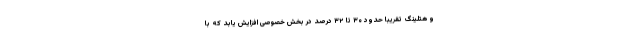
و هتلینگ تقریبا حدود ۳۰ تا ۳۲ درصد در بخش خصوصی افزایش یابد که با